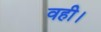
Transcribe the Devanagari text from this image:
वही।